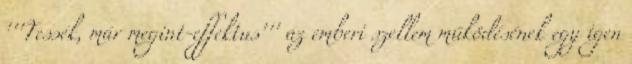
'''Tessék, már megint-effektus''' az emberi szellem működésének egy igen